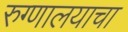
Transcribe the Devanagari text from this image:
रुग्णालयाचा